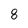
Character: 8